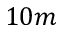
1 0 m